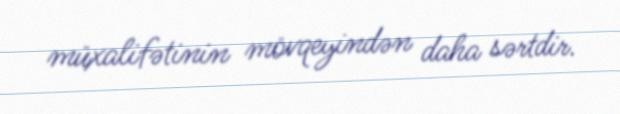
müxalifətinin mövqeyindən daha sərtdir.